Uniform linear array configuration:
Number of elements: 48
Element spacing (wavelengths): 0.75
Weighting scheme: hamming
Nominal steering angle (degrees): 30
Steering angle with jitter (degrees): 31.514
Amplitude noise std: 0.05
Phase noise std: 0.05

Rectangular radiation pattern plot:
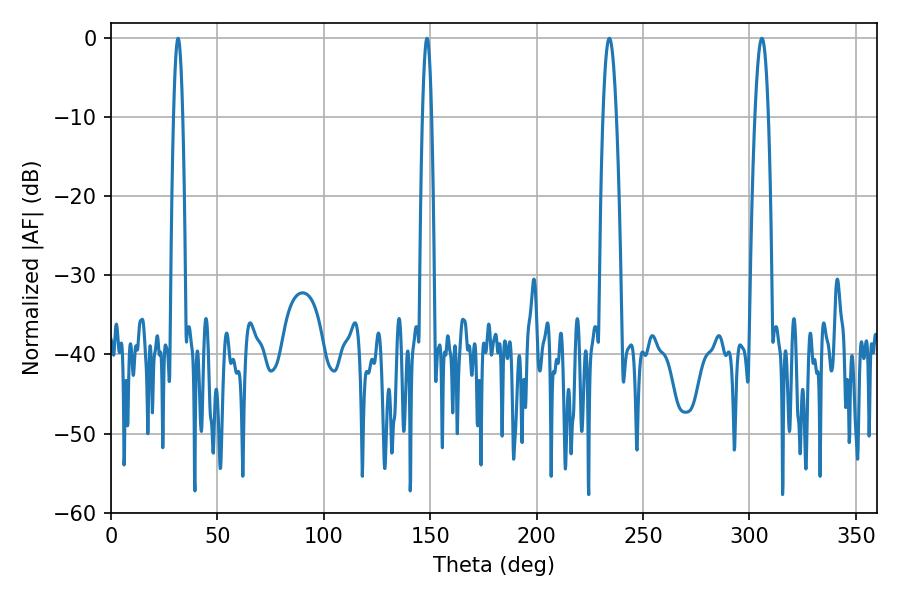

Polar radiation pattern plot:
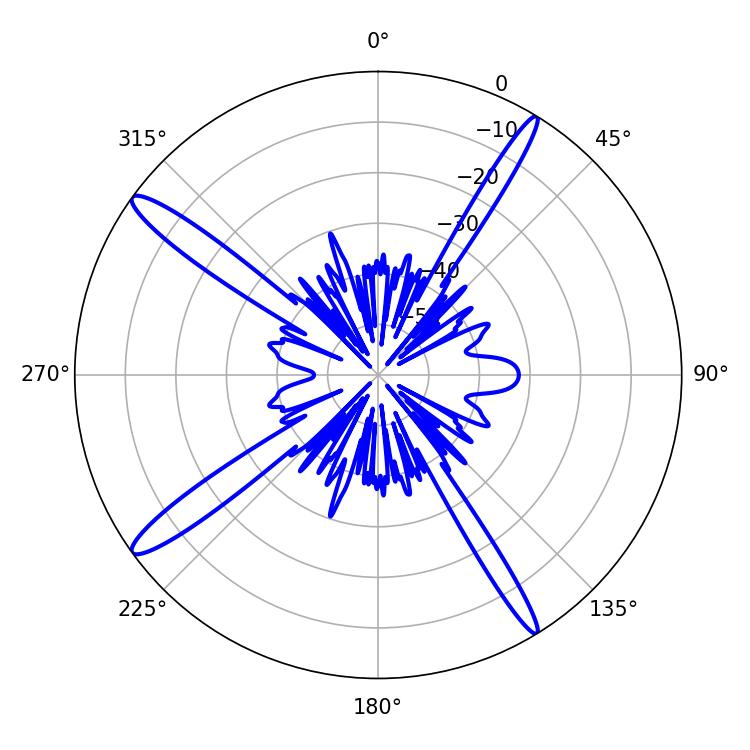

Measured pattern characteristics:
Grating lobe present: TRUE
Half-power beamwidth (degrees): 2.16
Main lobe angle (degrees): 31.5